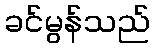
ခင်မွန်သည်